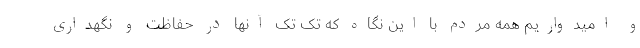
و امیدواریم همه مردم با این نگاه که تک تک آنها در حفاظت و نگهداری